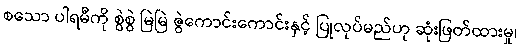
စသော ပါရမီကို စွဲစွဲ မြဲမြဲ ဇွဲကောင်းကောင်းနှင့် ပြုလုပ်မည်ဟု ဆုံးဖြတ်ထားမှု၊